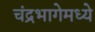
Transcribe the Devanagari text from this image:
चंद्रभागेमध्ये